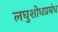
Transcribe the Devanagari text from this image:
लघुशोधप्रबंध